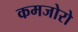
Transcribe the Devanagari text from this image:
कमजोरो